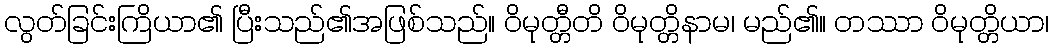
လွတ်ခြင်းကြိယာ၏ ပြီးသည်၏အဖြစ်သည်။ ဝိမုတ္တီတိ ဝိမုတ္တိနာမ၊ မည်၏။ တဿာ ဝိမုတ္တိယာ၊